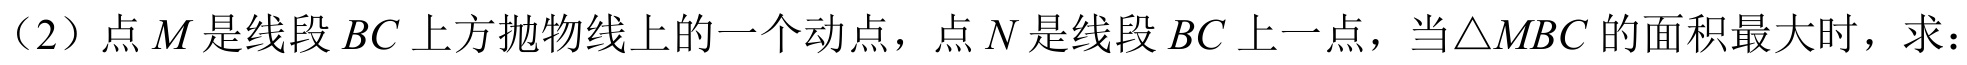
（2）点\(M\)是线段\(BC\)上方抛物线上的一个动点，点\(N\)是线段\(BC\)上一点，当\(\triangle MBC\)的面积最大时，求：